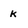
Character: k